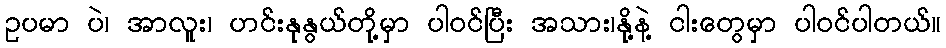
ဥပမာ ပဲ၊ အာလူး၊ ဟင်းနုနွယ်တို့မှာ ပါဝင်ပြီး အသား၊နို့နဲ့ ငါးတွေမှာ ပါဝင်ပါတယ်။